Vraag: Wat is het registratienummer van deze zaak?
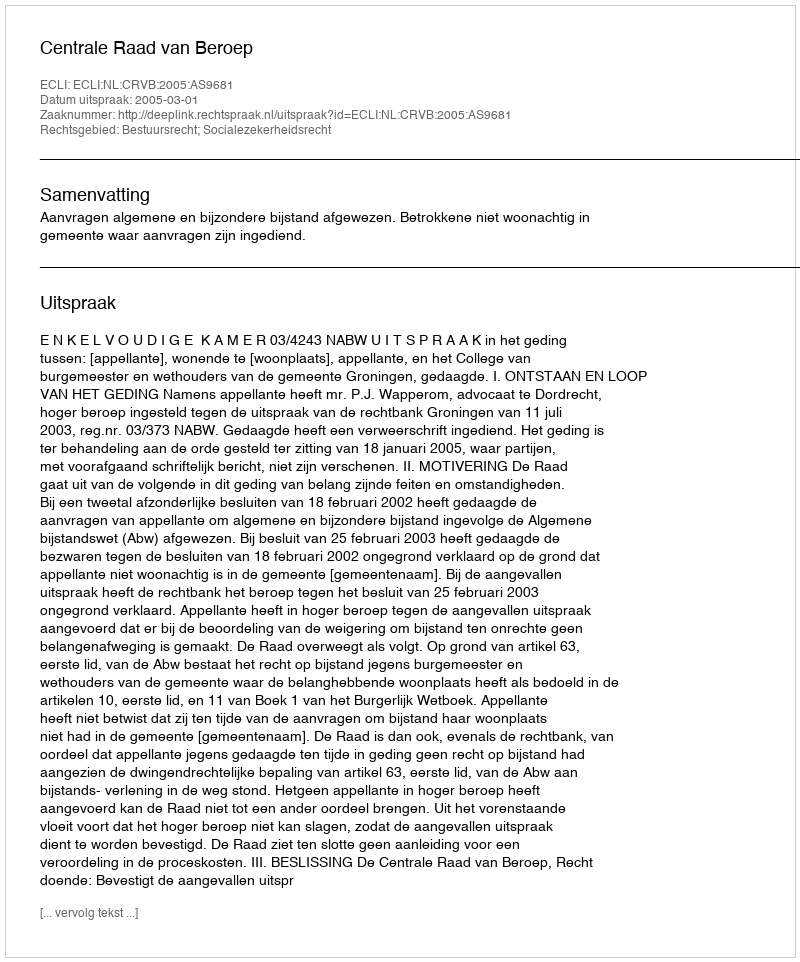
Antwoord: http://deeplink.rechtspraak.nl/uitspraak?id=ECLI:NL:CRVB:2005:AS9681